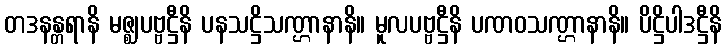
တဒနန္တရာနိ မဇ္ဈပဗ္ဗဋ္ဌီနိ ပနသဋ္ဌိသဏ္ဌာနာနိ။ မူလပဗ္ဗဋ္ဌီနိ ပဏဝသဏ္ဌာနာနိ။ ပိဋ္ဌိပါဒဋ္ဌီနိ